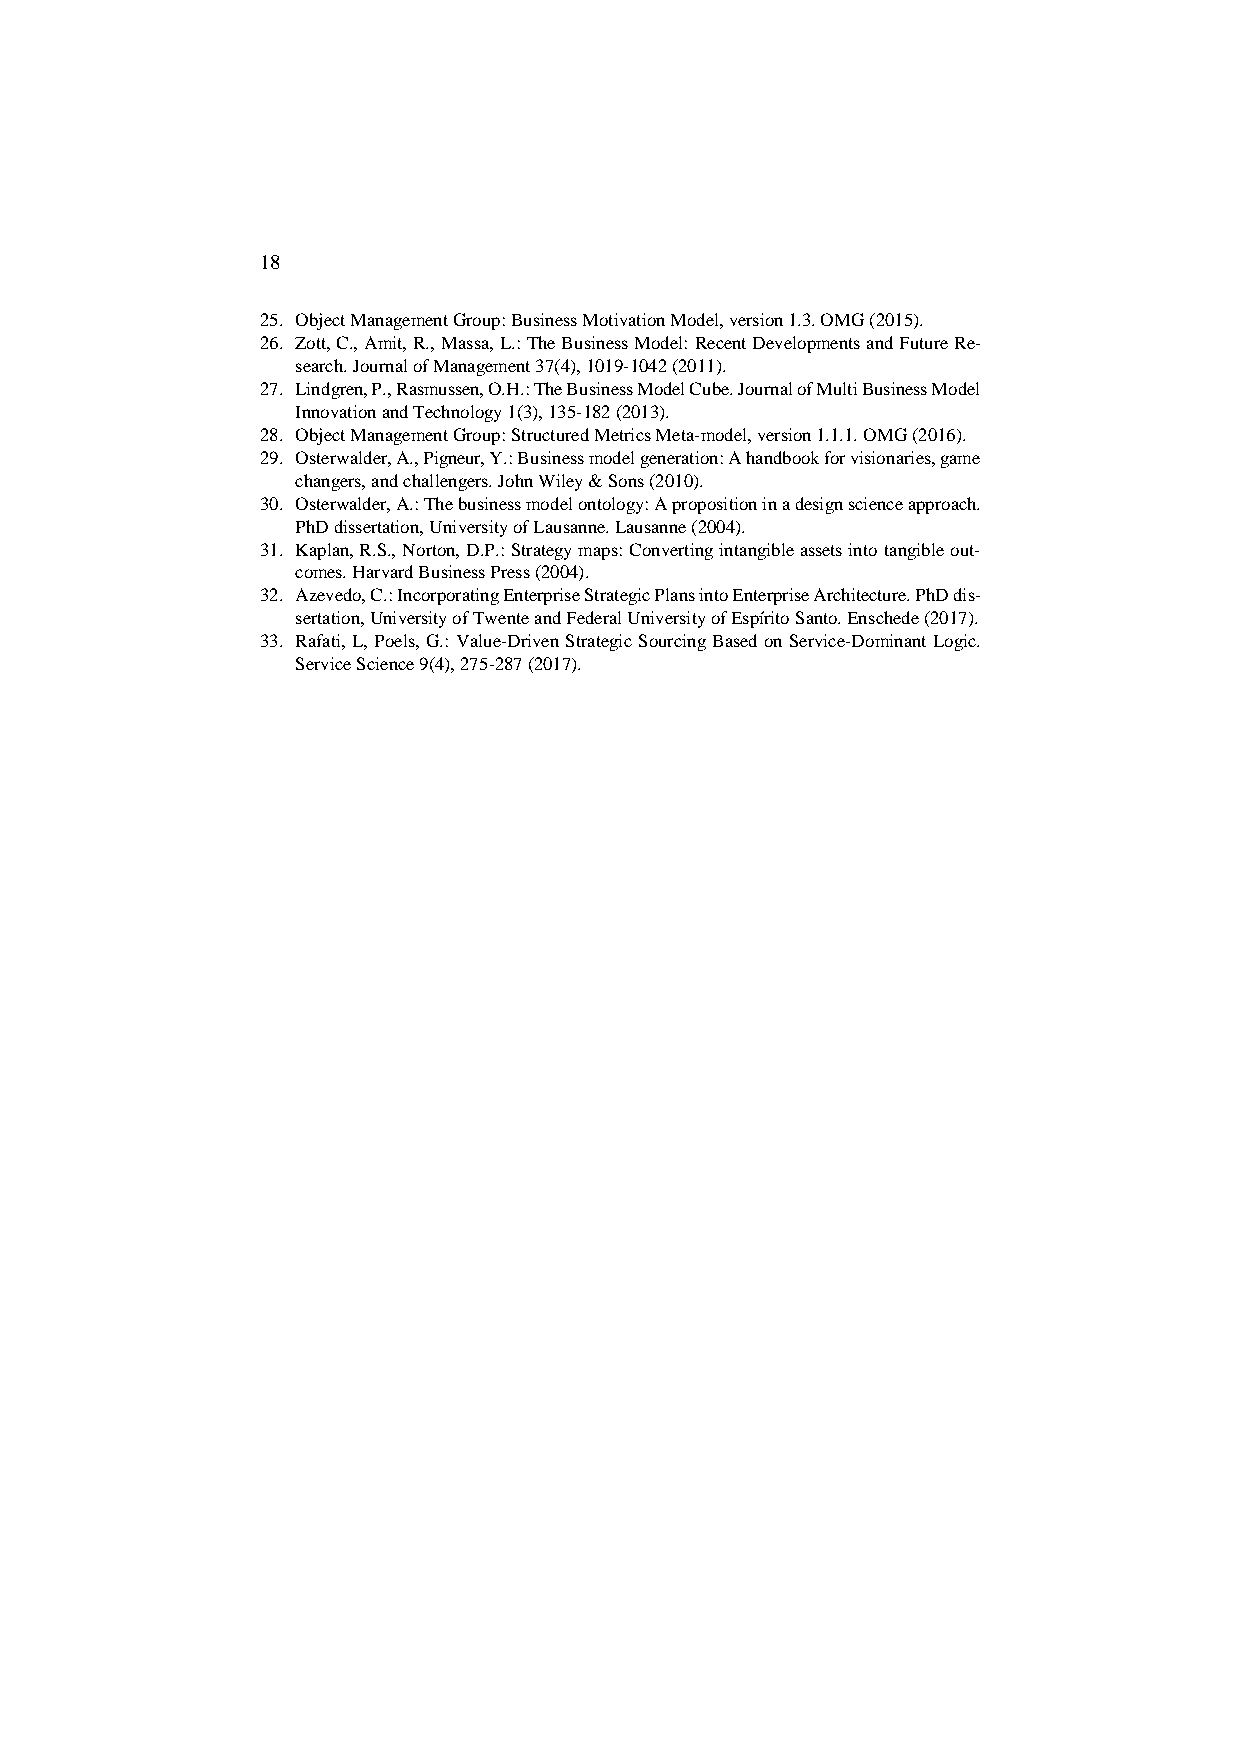
18
 25. Object Management Group: Business Motivation Model, version 1.3. OMG (2015).
 26. Zott, C., Amit, R., Massa, L.: The Business Model: Recent Developments and Future Re-
 search. Journal of Management 37(4), 1019-1042 (2011).
 27. Lindgren, P., Rasmussen, O.H.: The Business Model Cube. Journal of Multi Business Model
 Innovation and Technology 1(3), 135-182 (2013).
 28. Object Management Group: Structured Metrics Meta-model, version 1.1.1. OMG (2016).
 29. Osterwalder, A., Pigneur, Y.: Business model generation: A handbook for visionaries, game
 changers, and challengers. John Wiley & Sons (2010).
 30. Osterwalder, A.: The business model ontology: A proposition in a design science approach.
 PhD dissertation, University of Lausanne. Lausanne (2004).
 31. Kaplan, R.S., Norton, D.P.: Strategy maps: Converting intangible assets into tangible out-
 comes. Harvard Business Press (2004).
 32. Azevedo, C.: Incorporating Enterprise Strategic Plans into Enterprise Architecture. PhD dis-
 sertation, University of Twente and Federal University of Espírito Santo. Enschede (2017).
 33. Rafati, L, Poels, G.: Value-Driven Strategic Sourcing Based on Service-Dominant Logic.
 Service Science 9(4), 275-287 (2017).